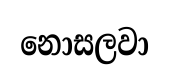
නොසලවා